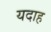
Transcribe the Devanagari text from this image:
यदाह